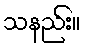
သနည်း။